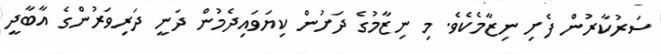
ސަރުކާރުން ފެށި ނިޒާމެކެވެ. މި ނިޒާމުގެ ދަށުން ކިޔަވައިދެމުން ދަނީ ދަރިވަރުންގެ އާބާދީ